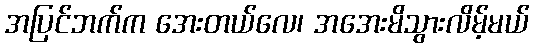
အပြင်ဘက်က အေးတယ်လေ၊ အအေးမိသွားလိမ့်မယ်